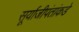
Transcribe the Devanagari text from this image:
सूर्याजीपंतांकडे